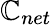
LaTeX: \mathbb{C}_{net}